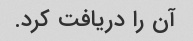
آن را دریافت کرد.